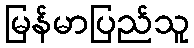
မြန်မာပြည်သူ